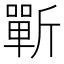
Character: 𰕣